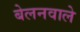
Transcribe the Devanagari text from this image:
बेलनवाले